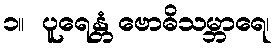
၁။  ပူရေန္တံ ဗောဓိသမ္ဘာရေ၊